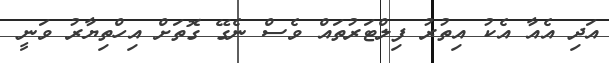
އަދި އެއާ އެކު އިތުރު ފިލްޓަރުތައް ވެސް ނެގޭ ގޮތަށް އިހްތިޔާރު ވަނީ